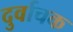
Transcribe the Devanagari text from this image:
दुर्वाचक